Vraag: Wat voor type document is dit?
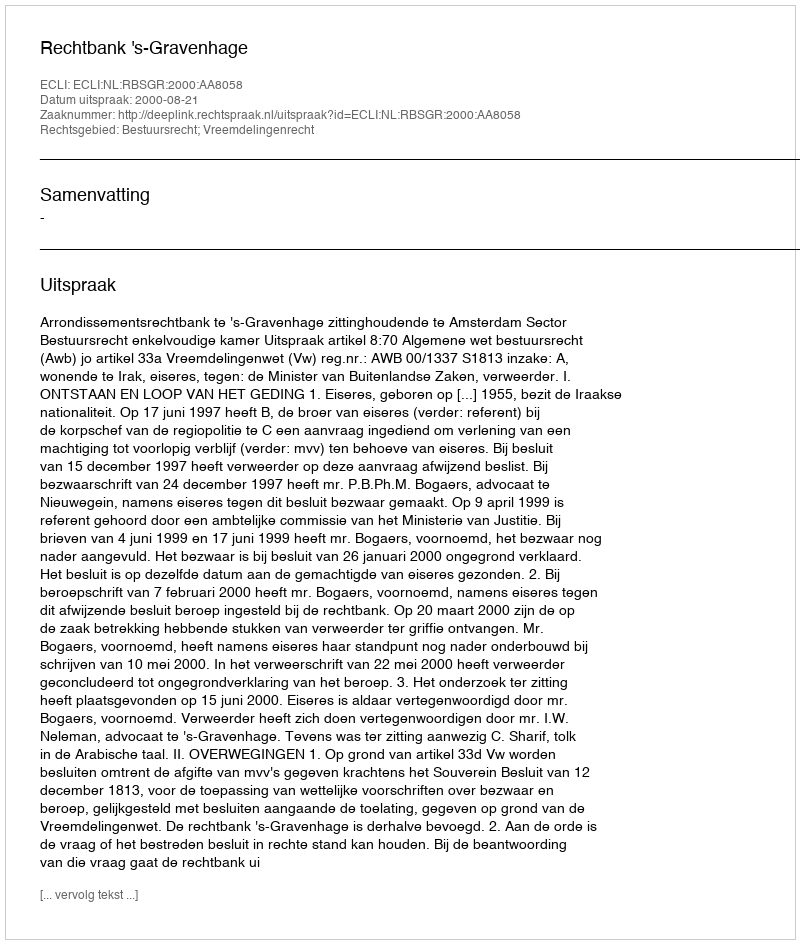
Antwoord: Uitspraak